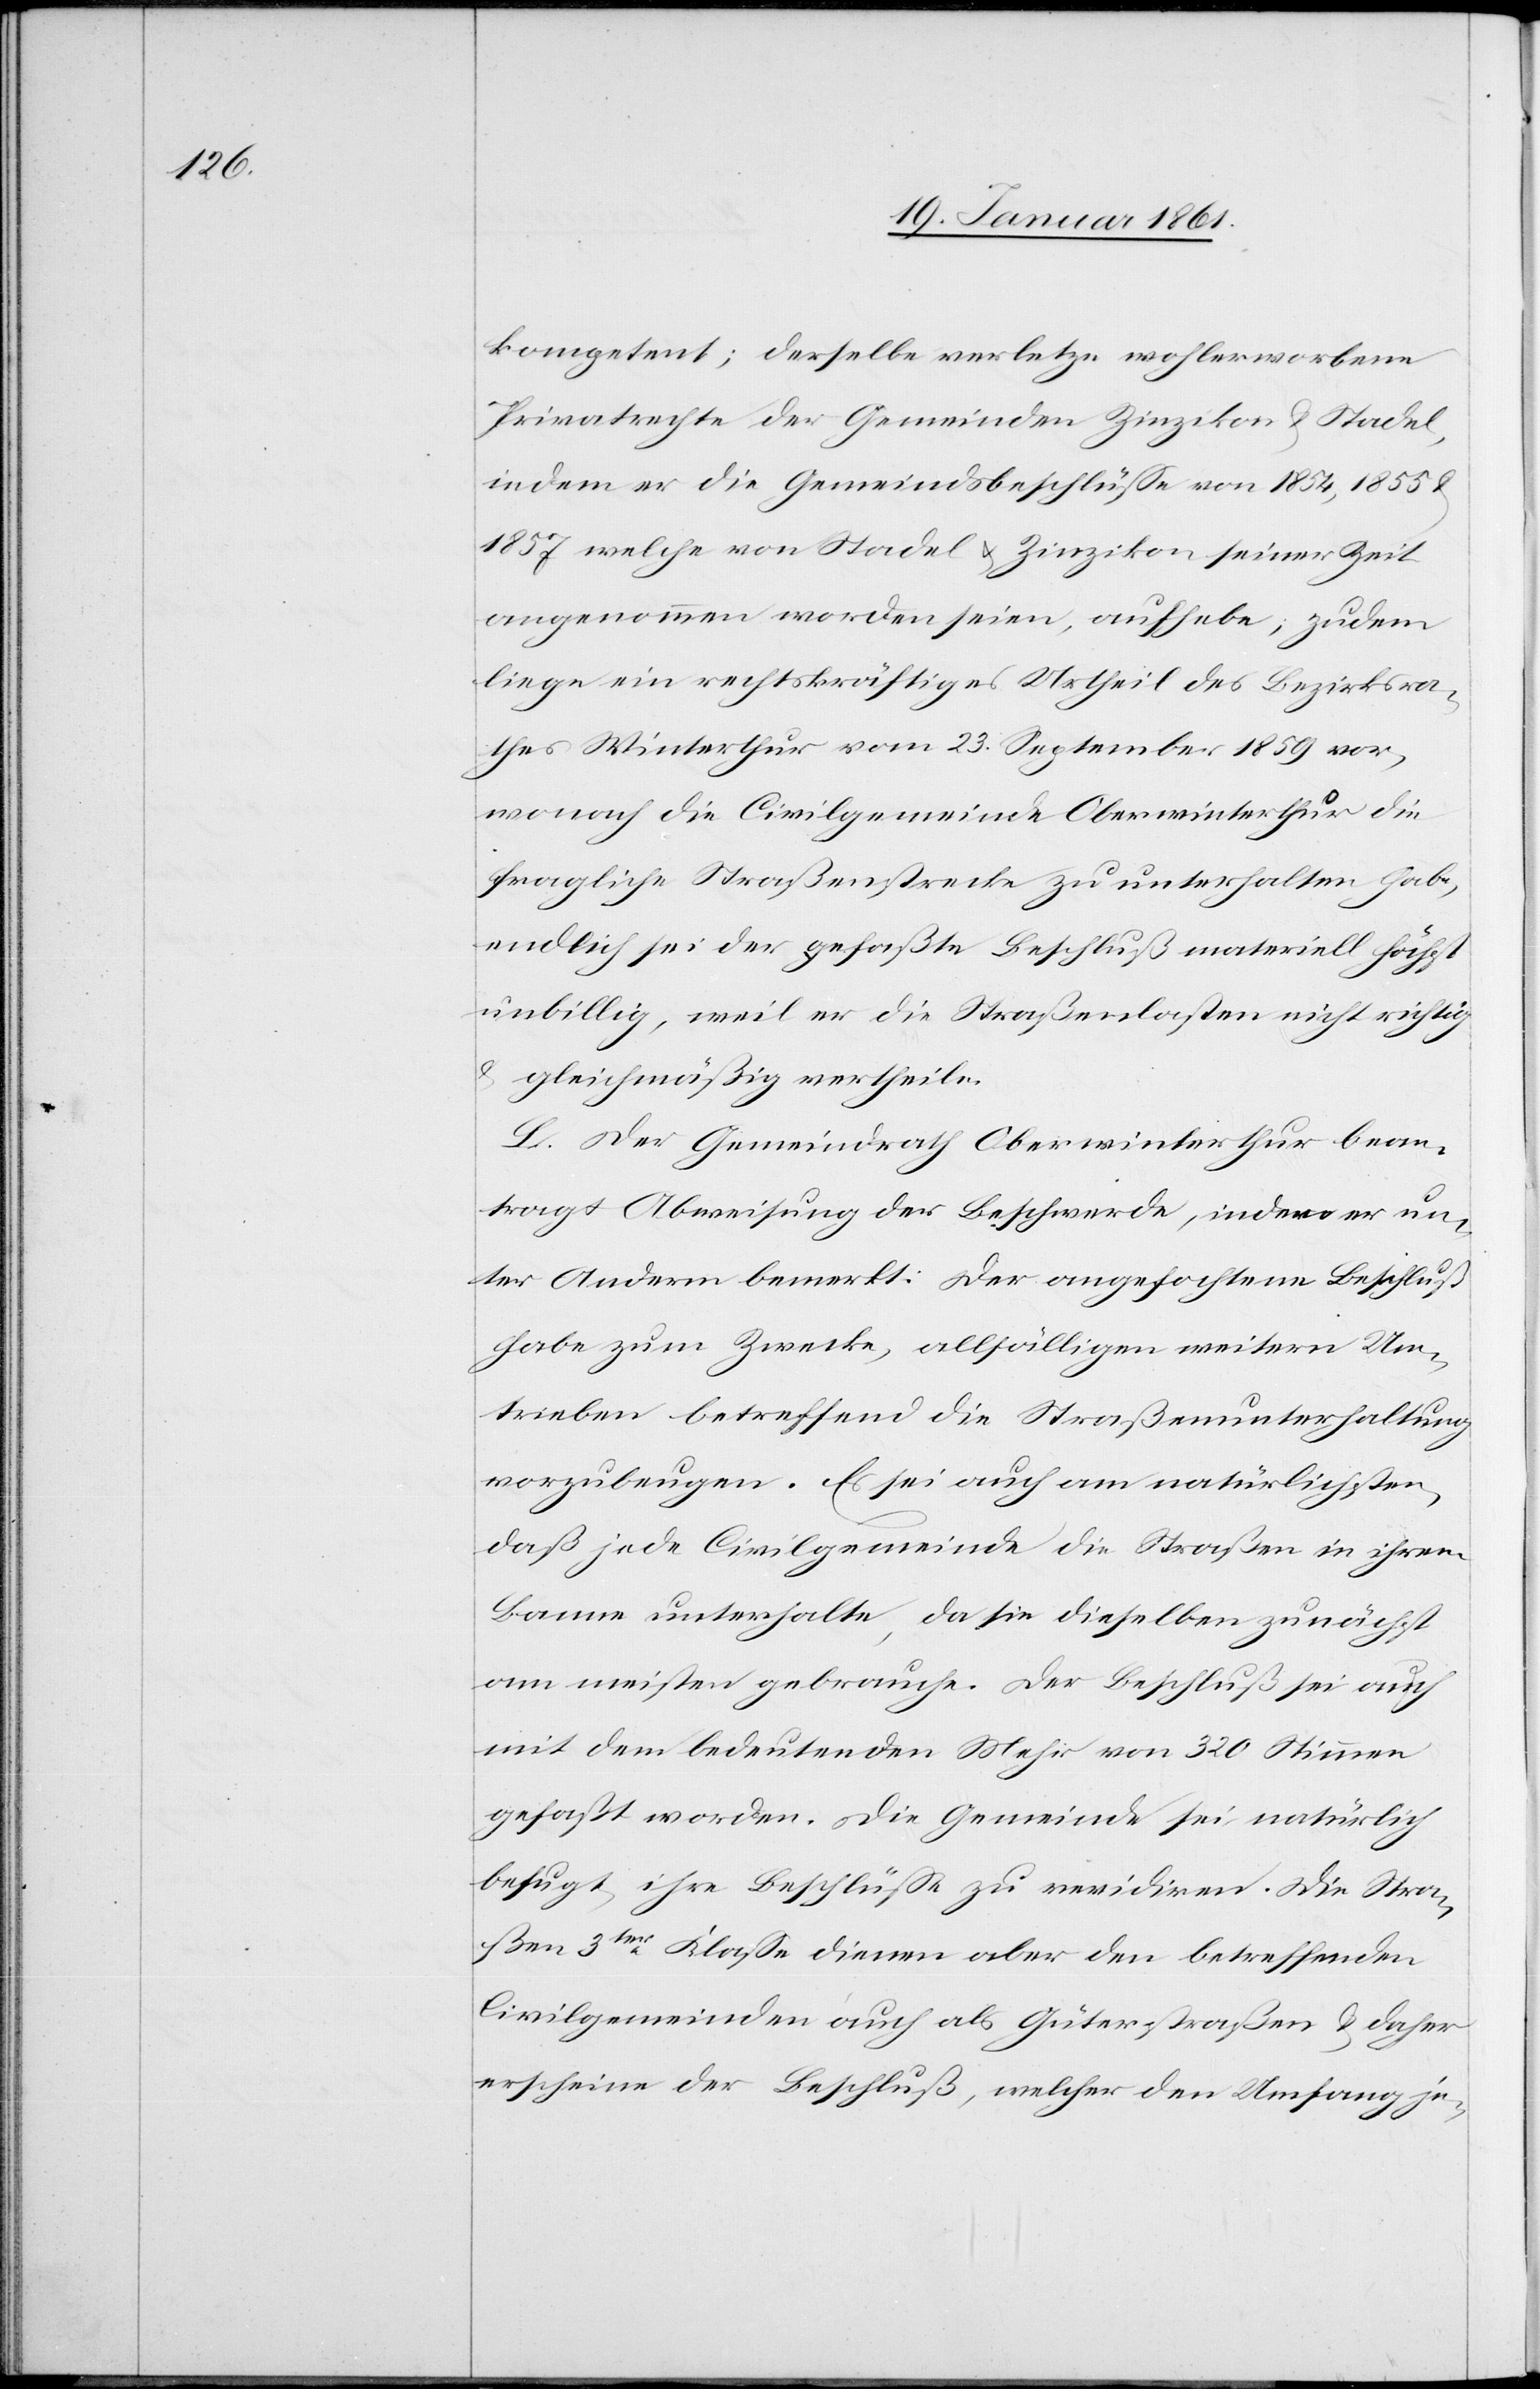
kompetent; derselbe verletze wohlerworbene
Privatrechte der Gemeinden Zinzikon u. Stadel,
indem er die Gemeindsbeschlüsse von 1854, 1855 u.
1857 welche von Stadel u. Zinzikon seiner Zeit
angenommen worden seien, aufhebe; zudem
liege ein rechtskräftiges Urtheil des Bezirksra¬
thes Winterthur vom 23. September 1859 vor,
wonach die Civilgemeinde Oberwinterthur die
fragliche Straßenstrecke zu unterhalten habe,
endlich sei der gefaßte Beschluß materiell höchst
unbillig, weil er die Straßenlasten nicht richtig
u. gleichmäßig vertheile.
L. Der Gemeindrath Oberwinterthur bean¬
tragt Abweisung der Beschwerde, indem er un¬
ter Anderm bemerkt: Der angefochtene Beschluß
habe zum Zwecke, allfälligen weitern Um¬
trieben betreffend die Straßenunterhaltung
vorzubeugen. Es sei auch am natürlichsten,
daß jede Civilgemeinde die Straßen in ihrem
Banne unterhalte, da sie dieselben zunächst
am meisten gebrauche. Der Beschluß sei auch
mit dem bedeutenden Mehr von 320 Stimmen
gefaßt worden. Die Gemeinde sei natürlich
befugt ihre Beschlüsse zu revidiren. Die Stra¬
ßen 3ter Klasse dienen aber den betreffenden
Civilgemeinden auch als Güterstraßen u. daher
erscheine der Beschluß, welcher den Umfang je-